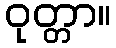
ဝုတ္တာ။